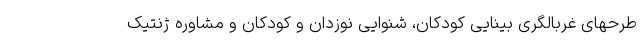
طرحهای غربالگری بینایی کودکان، شنوایی نوزدان و کودکان و مشاوره ژنتیک